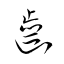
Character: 歯